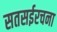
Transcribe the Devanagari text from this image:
सतसईरचना